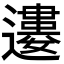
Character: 𨘠